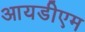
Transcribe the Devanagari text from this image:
आयडीएम